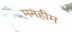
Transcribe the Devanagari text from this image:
मनहीम